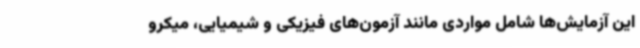
این آزمایش‌ها شامل مواردی مانند آزمون‌های فیزیکی و شیمیایی، میکرو